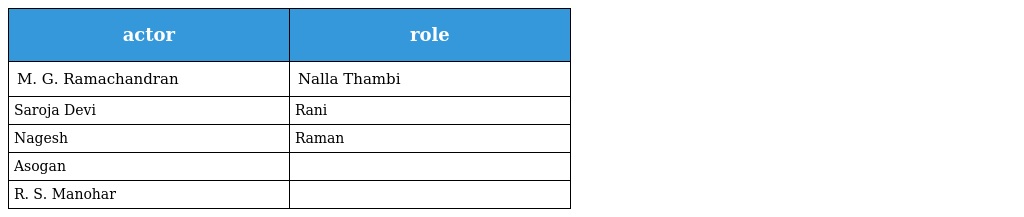
| actor | role |
 | --- | --- |
 | M. G. Ramachandran | Nalla Thambi |
 | Saroja Devi | Rani |
 | Nagesh | Raman |
 | Asogan |  |
 | R. S. Manohar |  |